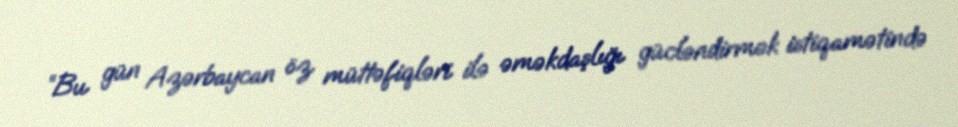
“Bu gün Azərbaycan öz müttəfiqləri ilə əməkdaşlığı gücləndirmək istiqamətində